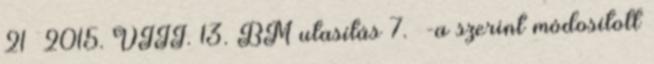
21 2015. VIII. 13. BM utasítás 7. §-a szerint módosított